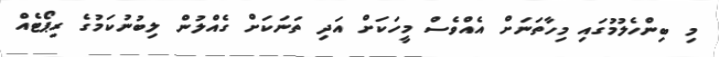
މި ބިންހެލުމުގައި މިހާތަނަށް އެއްވެސް މީހަކަށް އަދި ތަނަކަށް ގެއްލުން ލިބުނުކަމުގެ ރިޕޯޓެއް